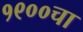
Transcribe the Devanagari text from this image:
१९००चा